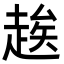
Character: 𬦑